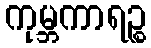
ကုမ္ဘကာရဉ္စ